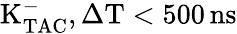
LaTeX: \mathrm{K_{TAC}^{-},\Delta T<500\, ns}